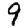
Digit: 9